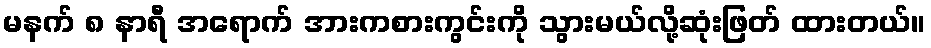
မနက် ၈ နာရီ အရောက် အားကစားကွင်းကို သွားမယ်လို့ဆုံးဖြတ် ထားတယ်။